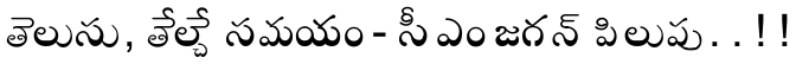
తెలుసు, తేల్చే సమయం - సీఎం జగన్ పిలుపు. . ! !